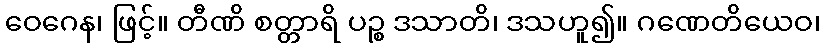
ဝေဂေန၊ ဖြင့်။ တီဏိ စတ္တာရိ ပဉ္စ ဒသာတိ၊ ဒသဟူ၍။ ဂဏေတိယေဝ၊